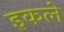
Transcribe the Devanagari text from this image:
इकले